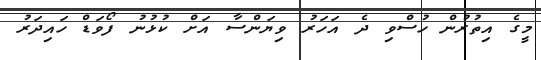
މީގެ އިތުރުން ހުސްވި ދެ އަހަރު ވިޔަންސާ އަށް ކުޅުނު ފޯވަޑް ހައިދަރު